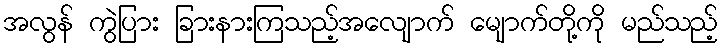
အလွန် ကွဲပြား ခြားနားကြသည့်အလျောက် မျောက်တို့ကို မည်သည့်